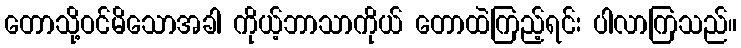
တောသို့ဝင်မိသောအခါ ကိုယ့်ဘာသာကိုယ် တောထဲကြည့်ရင်း ပါလာကြသည်။